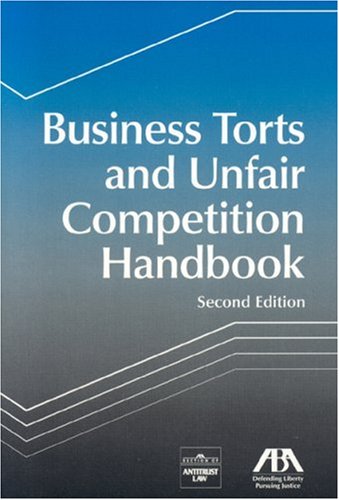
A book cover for Business Torts and Unfair Competition Handbook; Section members from the ABA Section of Antitrust; Law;